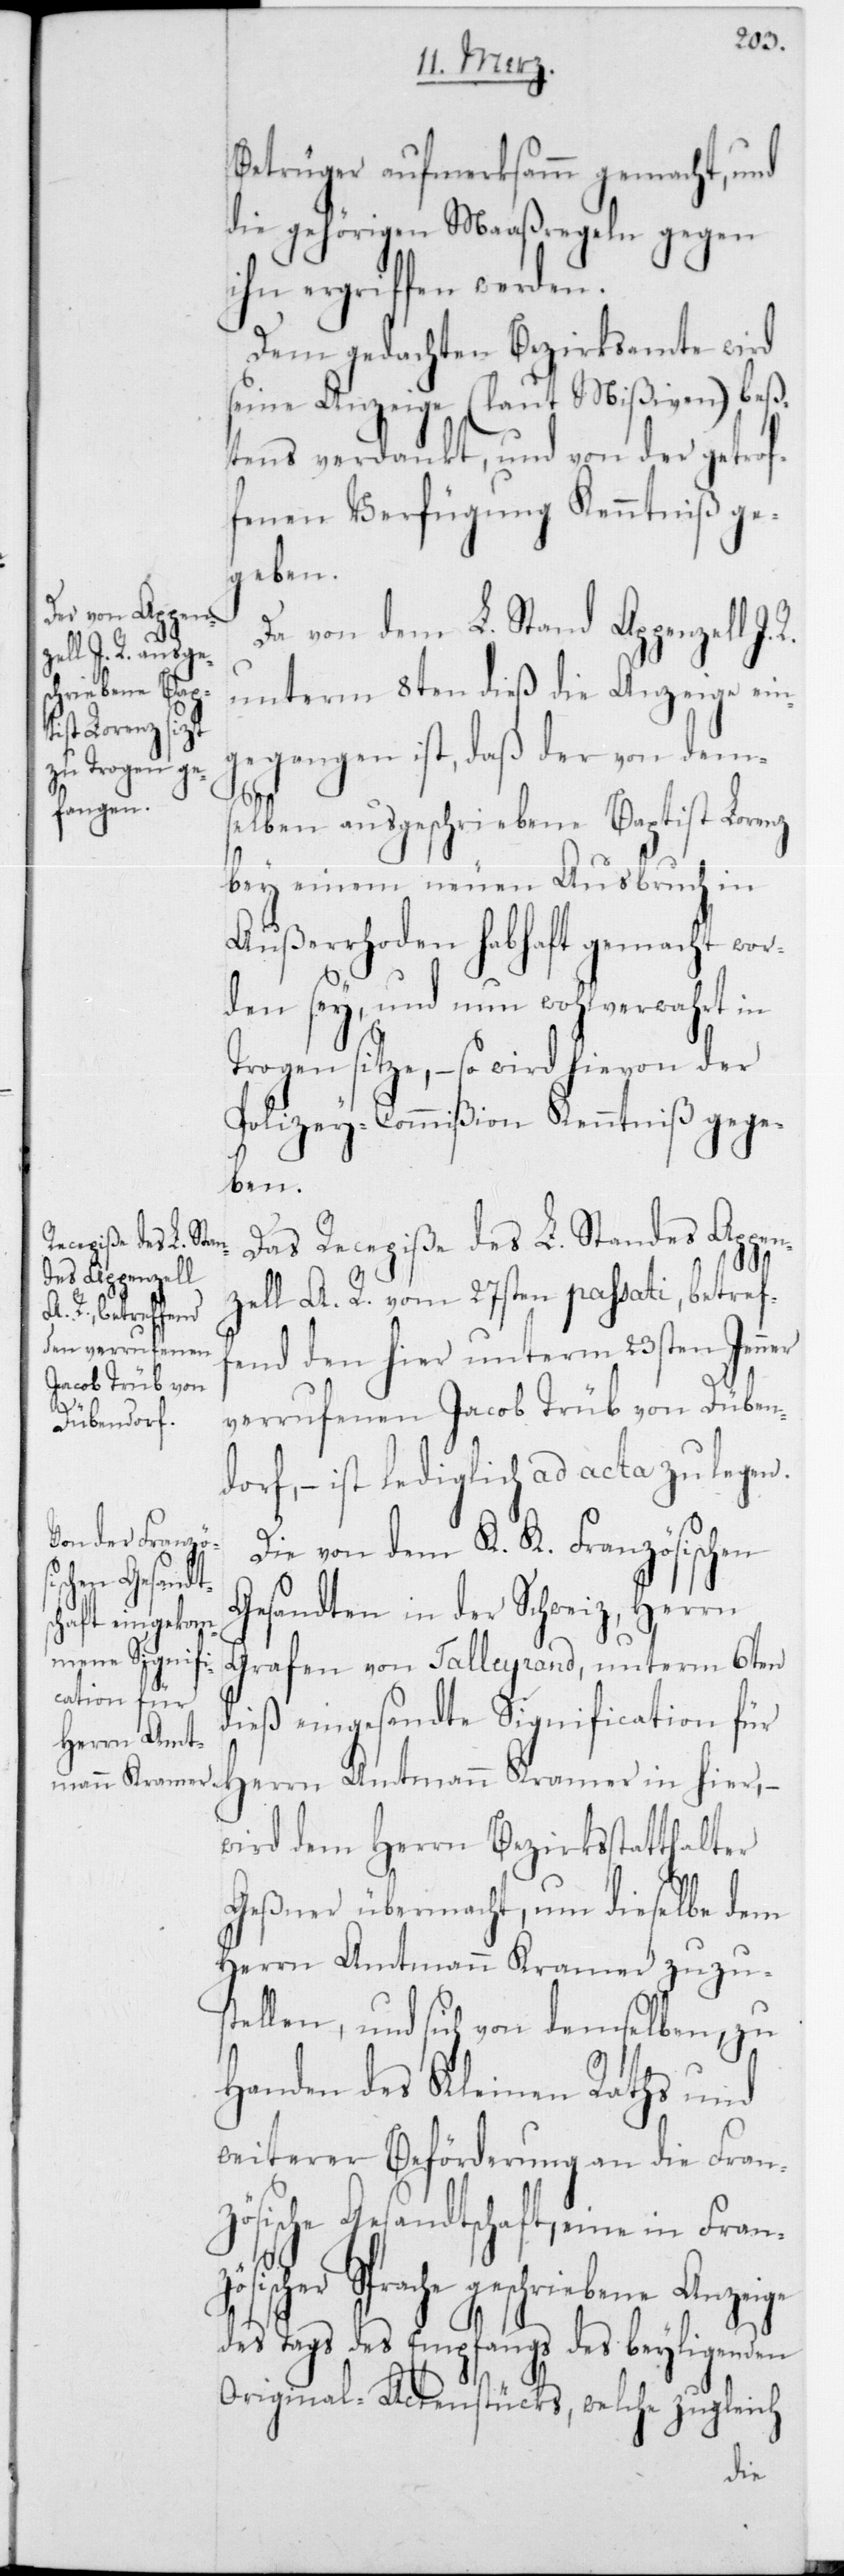
Betrüger aufmerksamm gemacht, und
die gehörigen Maaßregeln gegen
ihn ergriffen werden.
Dem gedachten Bezirksamte wird
seine Anzeige (laut Mißiven) bes¬
tens verdankt, und von der getrof¬
fenen Verfügung Kenntniß ge¬
geben.
Da von dem L. Stand Appenzell I.
unterm 8ten dieß die Anzeige ein¬
gegangen ist, daß der von dem¬
selben ausgeschriebene Baptist Lorenz
bey einem neuen Ausbruch in
Außerrhoden habhaft gemacht wor¬
den sey, und nun wohlverwahrt in
Trogen sitze, – so wird hievon der
Polizey-Commißion Kenntniß gege¬
ben.
Das Recepiße des L. Standes Appen¬
zell A. R. vom 27sten passati, betref¬
fend den hier unterm 23sten Jenner
ösi¬
verrufenen Jacob Trüb von Düben¬
dorf, – ist lediglich ad acta zu legen.
Die von dem K. K. Französischen
Gesandten in der Schweiz, Herrn
Grafen von Talleyrand, unterm 6ten
dieß eingesandte Signification für
wird dem Herrn Bezirksstatthalter
Geßner übermacht, um dieselbe dem
Herrn Amtmann Kramer zuzus¬
tellen, und sich von demselben, zu
Handen des Kleinen Raths und
weiterer Beförderung an die Fran¬
zösische Gesandtschaft, eine in Franz¬
scher Sprache geschriebene Anzeige
des Tags des Empfangs des beyliegenden
Original-Aktenstücks, welche zugleich